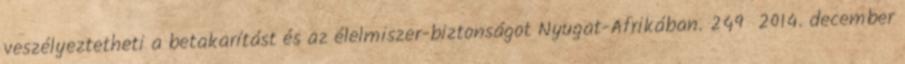
veszélyeztetheti a betakarítást és az élelmiszer-biztonságot Nyugat-Afrikában. 249 2014. december